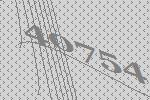
40754